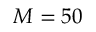
\displaystyle M = 5 0